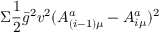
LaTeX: \Sigma \frac { 1 } { 2 } \bar { g } ^ { 2 } v ^ { 2 } ( A _ { ( i - 1 ) \mu } ^ { a } - A _ { i \mu } ^ { a } ) ^ { 2 }